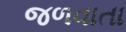
જળવાતા